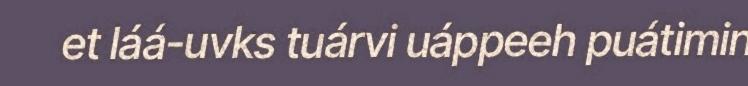
et láá-uvks tuárvi uáppeeh puátimin